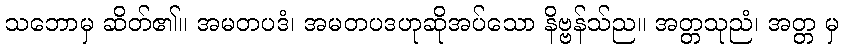
သဘောမှ ဆိတ်၏။ အမတပဒံ၊ အမတပဒဟုဆိုအပ်သော နိဗ္ဗန်သ်ည။ အတ္တသုညံ၊ အတ္တ မှ